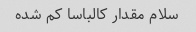
سلام مقدار کالباسا کم شده